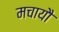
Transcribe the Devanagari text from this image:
मचायौ